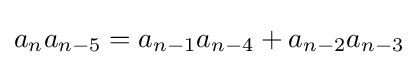
a_{n}a_{n-5}=a_{n-1}a_{n-4}+a_{n-2}a_{n-3}